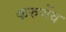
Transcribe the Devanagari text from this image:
करुणेंव